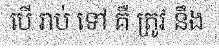
បើ រាប់ ទៅ គឺ ត្រូវ នឹង